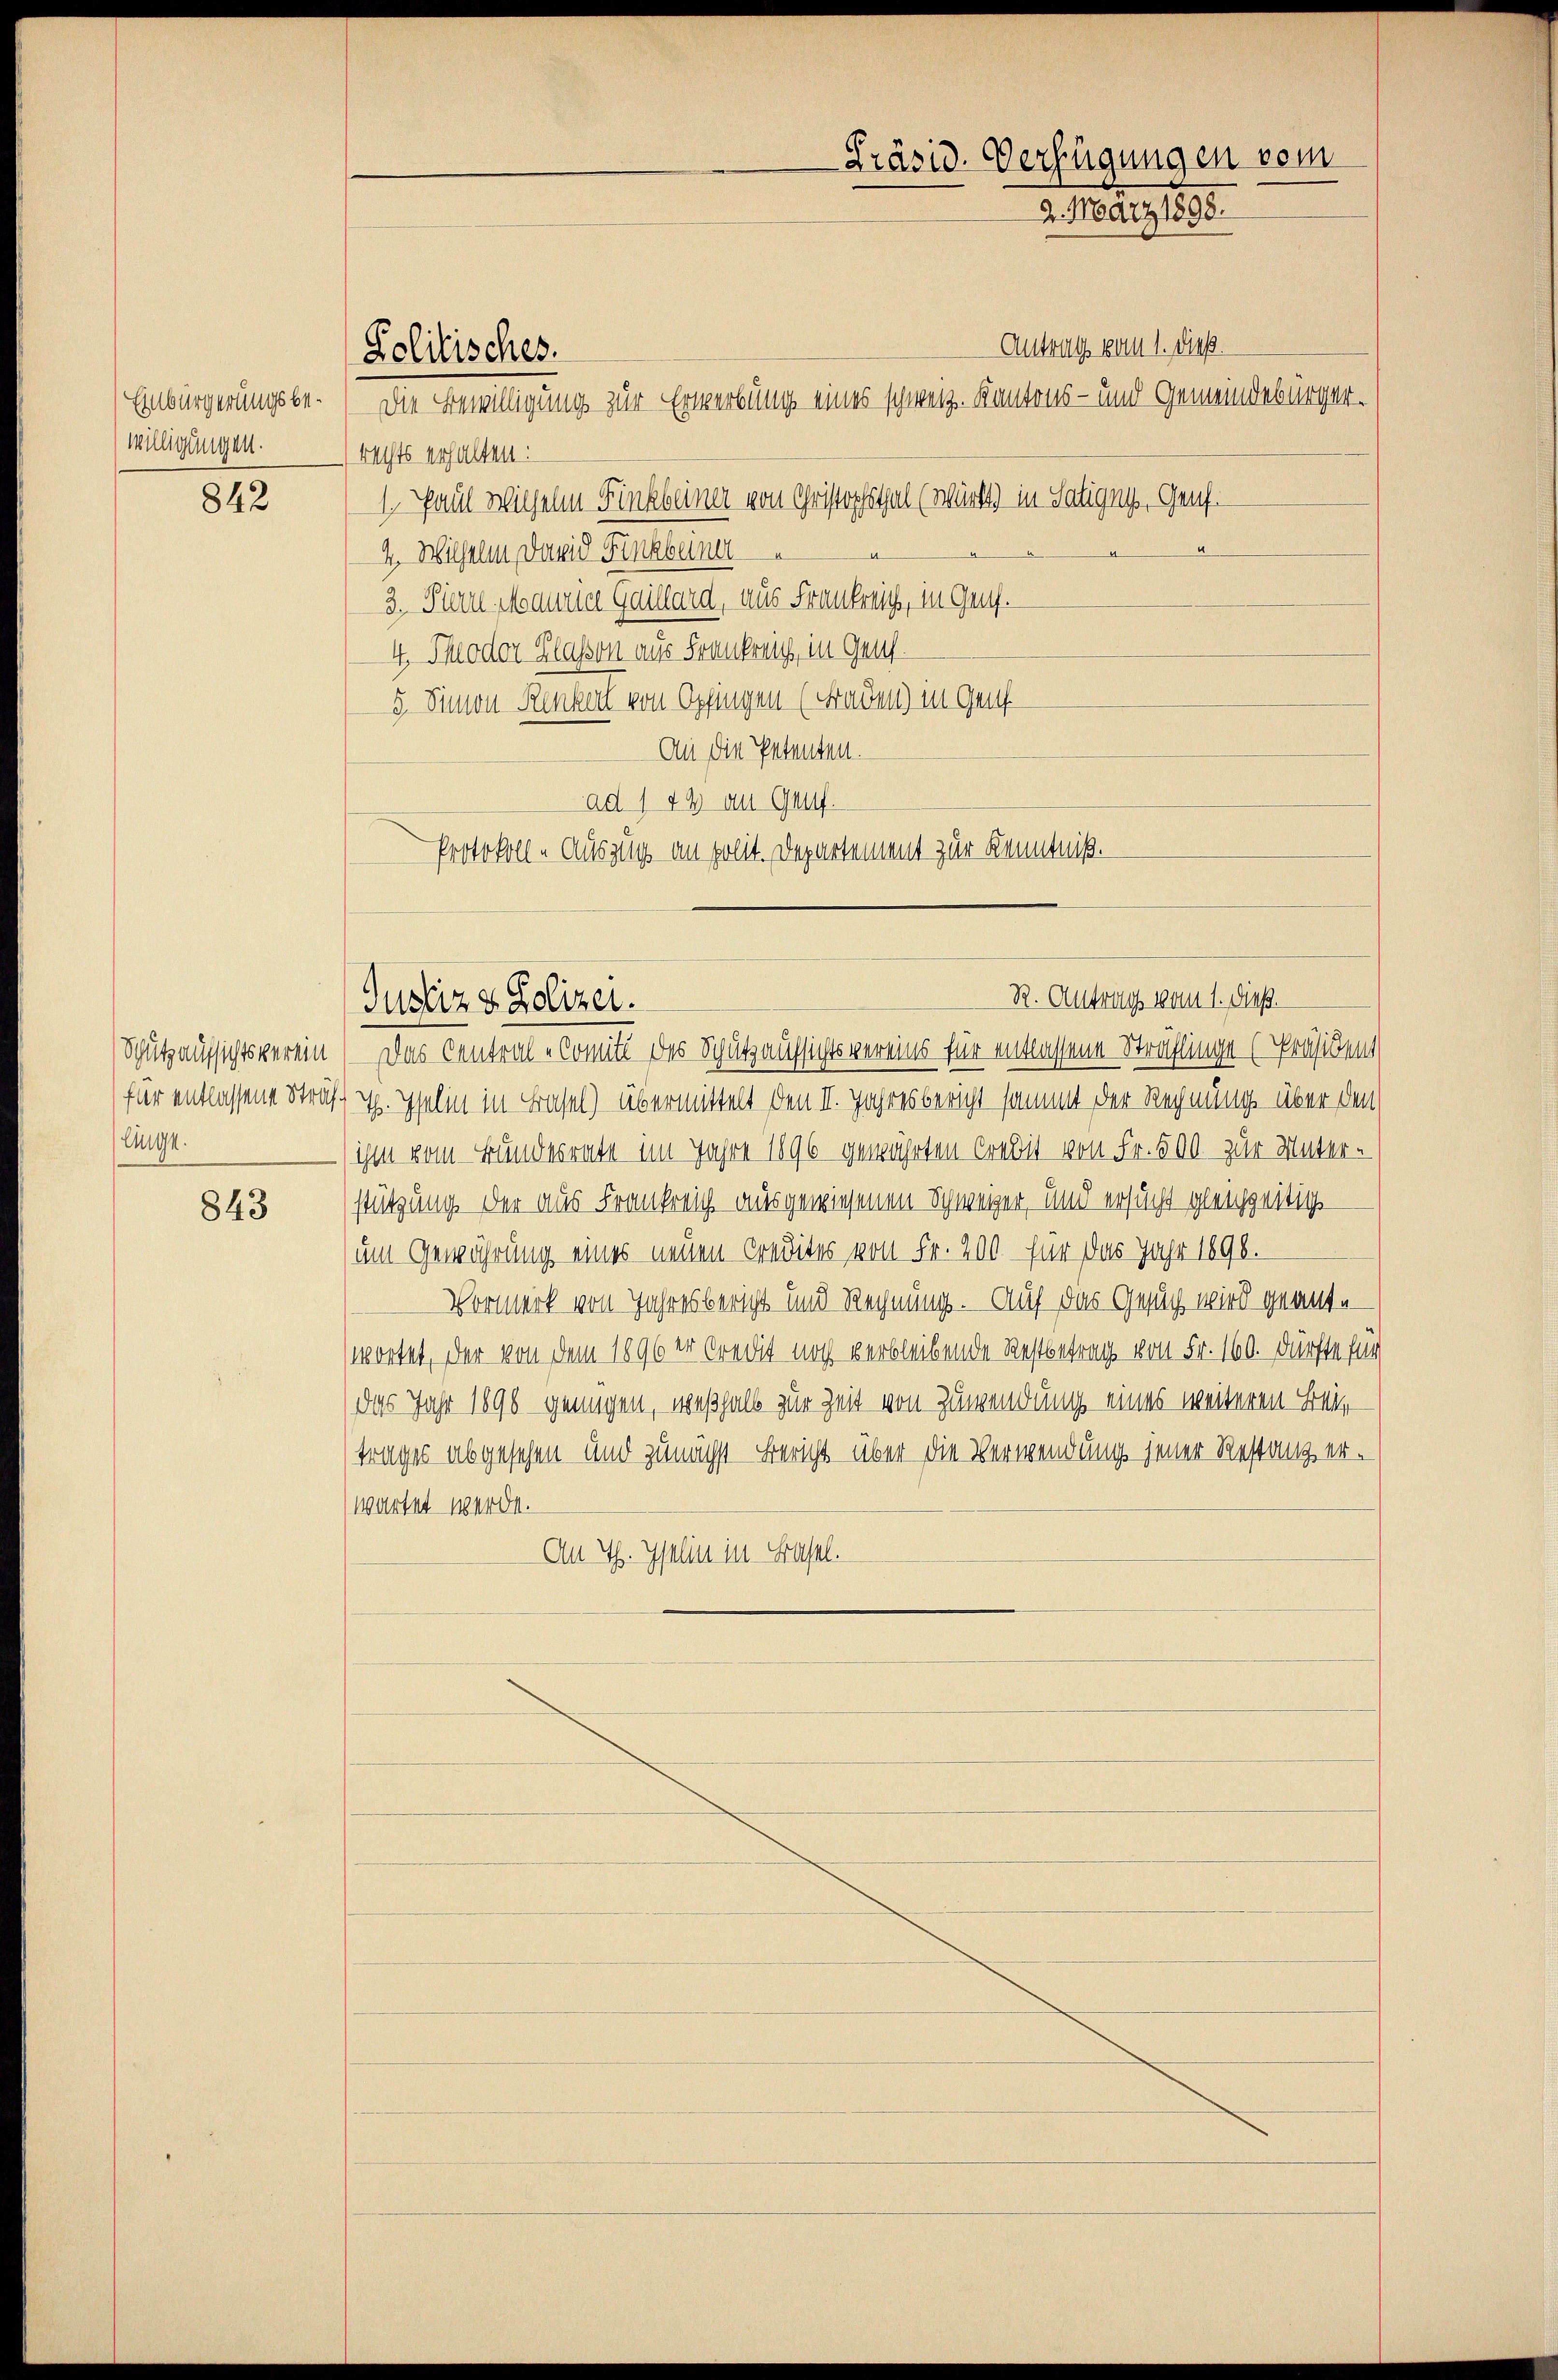
Einbürgerungsbewilligungen.

842

Schutzaufsichtsverein
linge.

843

Politisches.

Antrag vom 1. dieß.
Die Bewilligung zur Erwerbung eines schweiz. Kantons- und Gemeindebürgerrechts erhalten:
1. Paul Wilhelm Finkbeiner von Christophsthal (würkt) in Saligny, Genf¬
2. Wilhelm David Finkbeiner
3. Pierre Maurice Gaillard, aus Frankreich, in Genf.
4. Thlodor Klassen aus Frankreis, in Genf.
5. Simon Renkerl von Opfingen (Fraden) in Genf
An die Petenten.
ad 1 42 an Genf.
Protokoll-Auszug an polit. Departement zur Kenntniß.

Präsid. Verfügungen vom
2. März 1898

R. Antrag vom 1. dieß.
Justiz & Polizei.

Das Central-Comité des Schutzaufsichtsvereins für entlassene Sträflinge [Präsident
für entlassene Strafe. Iselin in Basel) übermittelt den II. Jahresbericht sammt der Rechnung über den
ihm vom Bundesrate im Jahre 1896 gewährten Credit von Fr. 500 zur Unter-
stützung. Der aus Frankreich ausgewiesenen Schweizer, und ersucht gleichzeitig
um Gewährung eines neuen Credites von Fr. 200 für das Jahr 1898.
Vormerk von Jahresbericht und Rechnung. Auf das Gesuch wird geantwortet, der von dem 1896 er Credit noch verbleibende Restbetrag von Fr. 160. Dürfte für
das Jahr 1890 genügen, weßhalb zur Zeit von Zuwendung eines weiteren Bei
trages abgesehen und zunächst Bericht über die Verwendung jener Restanz erwartet werde.
An Th. Iselin in Basel.